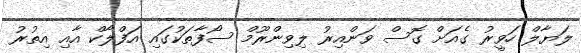
ލަޔާލް ހަވީރު ގެއަށް ގޮސް ވަންއިރު ލިވިންރޫމް ސޯފާތަކުގައި އަފްލާކް އާއި އިތުރު